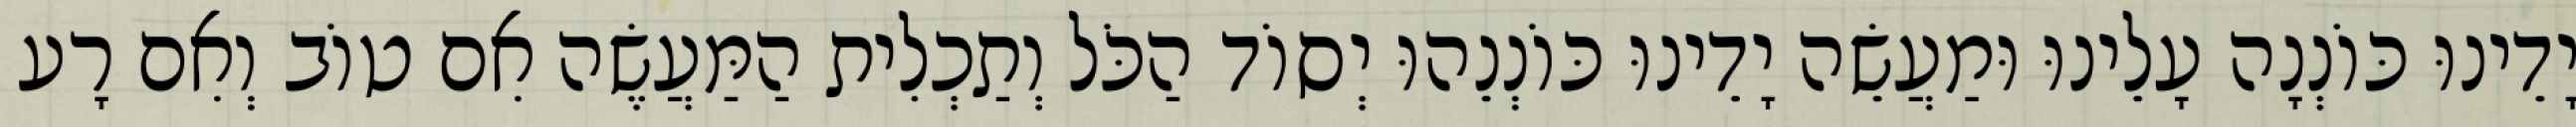
יָדֵינוּ כּוֹנְנָה עָלֵינוּ וּמַעֲשֵׂה יָדֵינוּ כּוֹנְנֵהוּ יְסוֹד הַכֹּל וְתַכְלִית הַמַּעֲשֶׂה אִם טוֹב וְאִם רָע